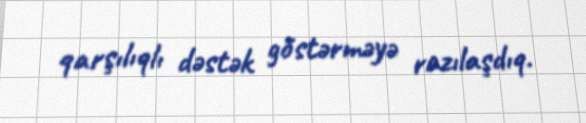
qarşılıqlı dəstək göstərməyə razılaşdıq.